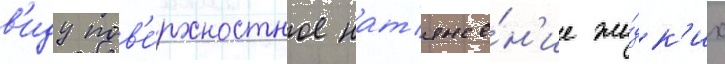
в'иду пов'е́рхностное нат'яже́н'ие жи́дк'их